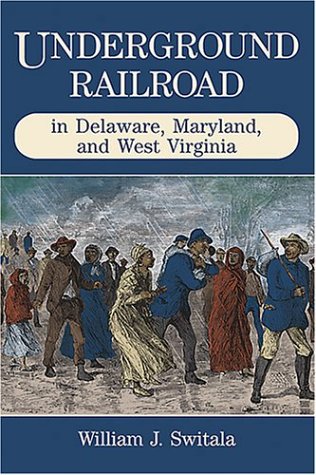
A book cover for Underground Railroad in Delaware, Maryland, and West Virginia (The Underground Railroad); William J. Switala; Travel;